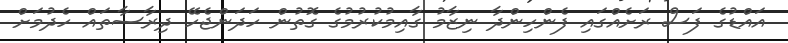
އައްޑުގެ ފަސް ރަށެއްގައި ފެންހިންދާ ނިޒާމު ގާއިމުކުރުމުގެ ގޮތުން ހަދަންޖެހޭ ދިރާސާތައް ހެދުމަށް